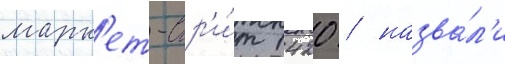
марк'ет-стр'и́т 1420 / назва́л'и